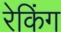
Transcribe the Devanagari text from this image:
रेकिंग